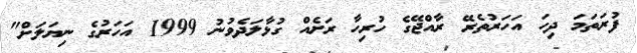
ފުރަތަމަ ދިހަ އަހަރުތެރޭ ރާއްޖޭގެ ހުރިހާ ރަށެއް ގުޅާލަދެވުނު 1999 އަހަރުގެ ނިޔަލަށް"